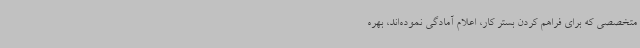
متخصصی که برای فراهم کردن بستر کار، اعلام آمادگی نموده‌اند، بهره